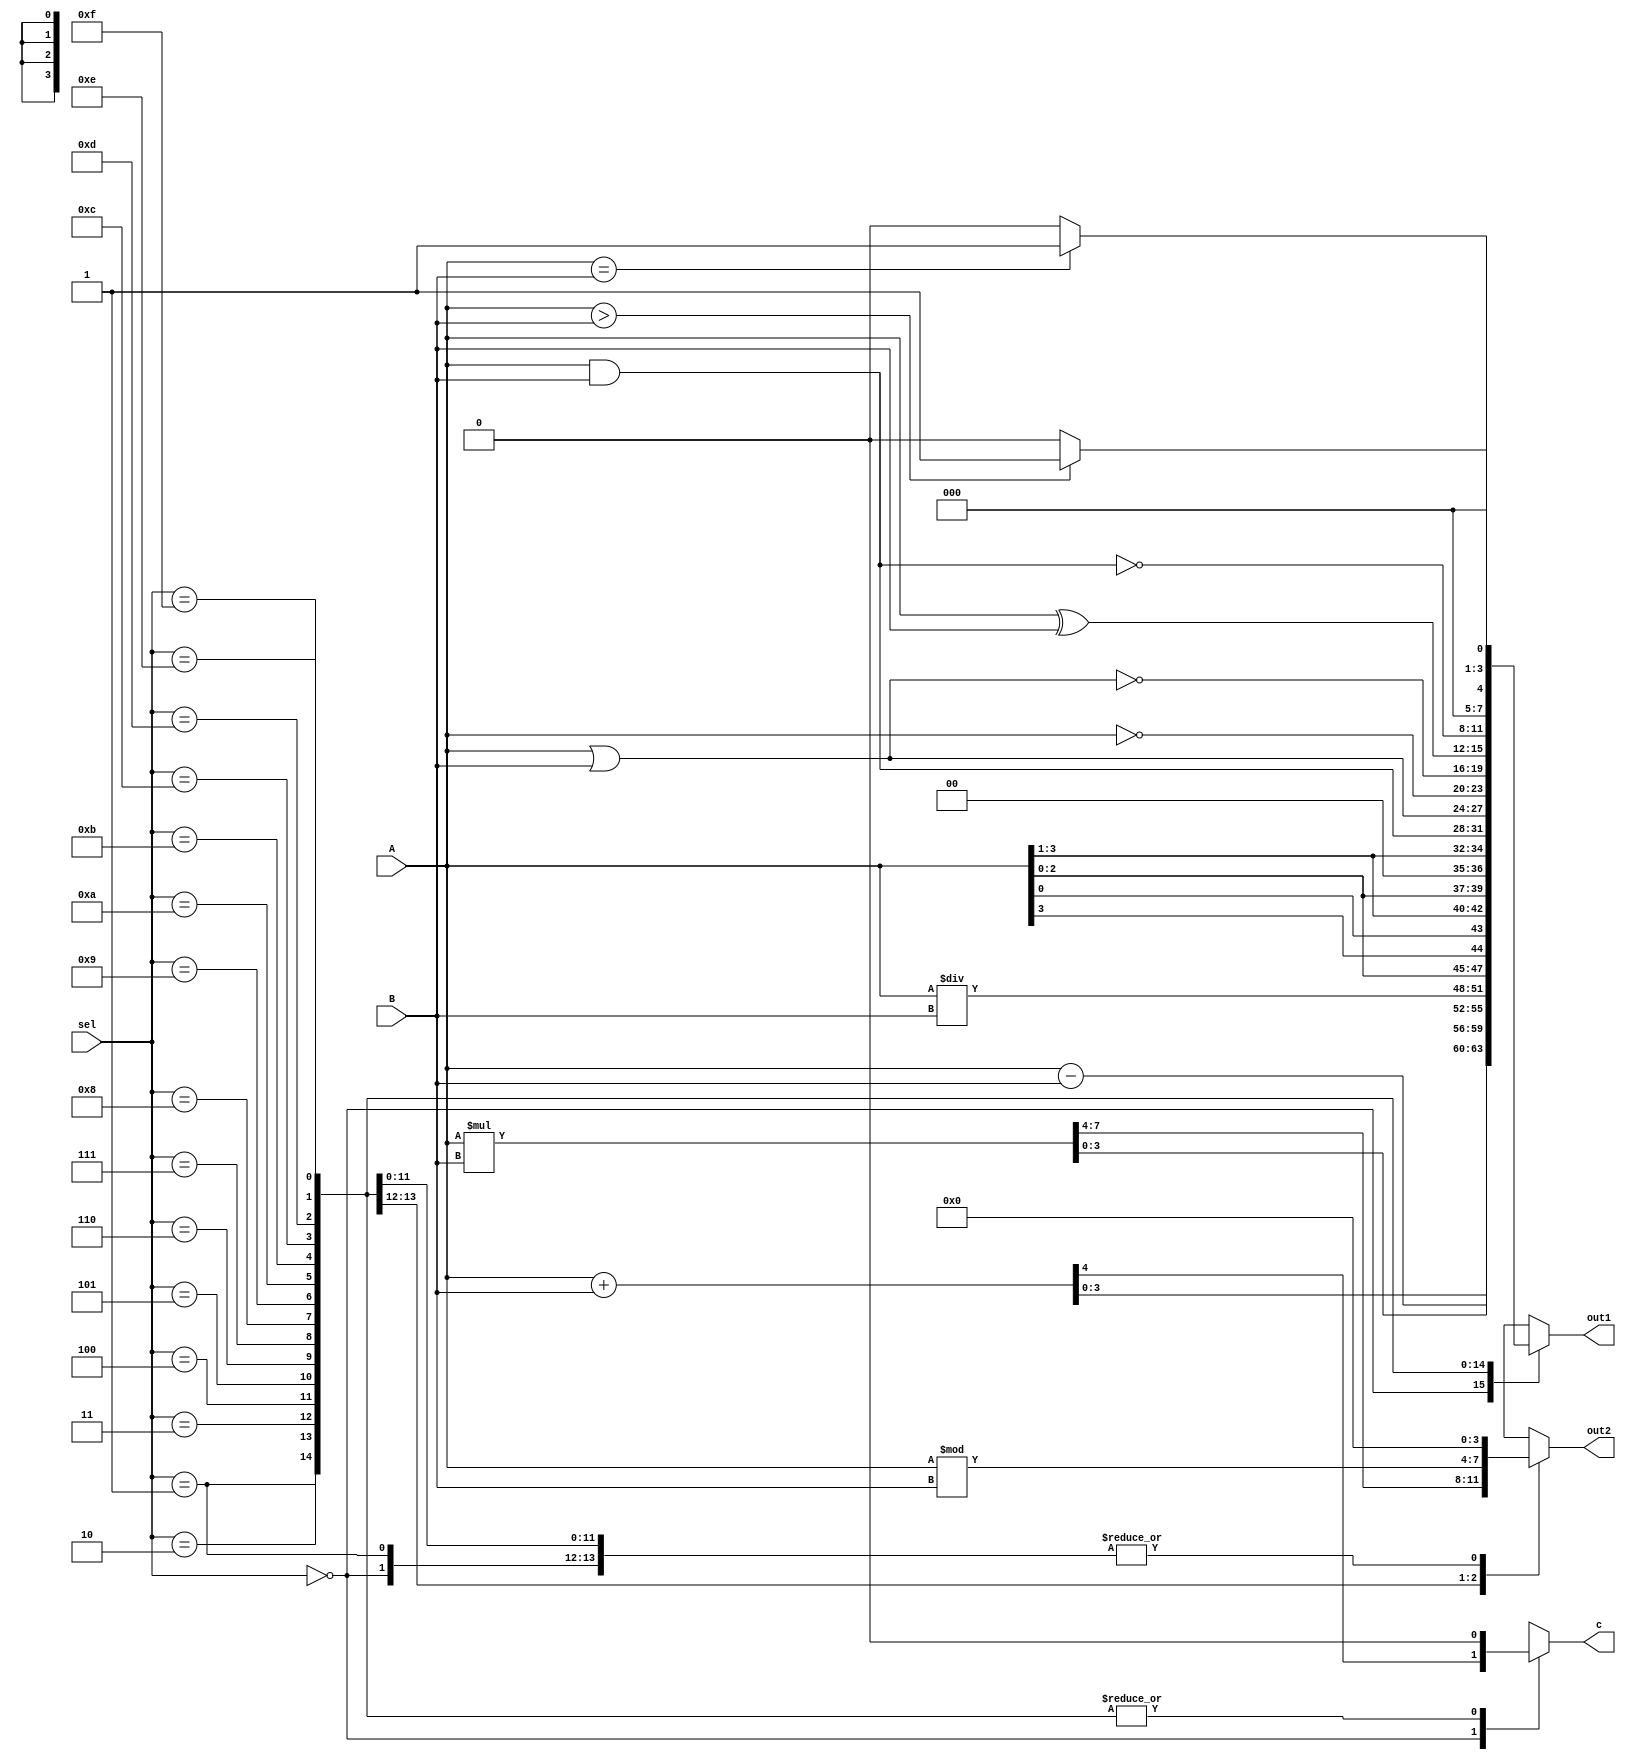
module alu(A,B,sel,c,out1,out2);
  input [3:0] A;
  input [3:0] B;
  input [3:0] sel;
  output reg c;
  output reg [3:0] out1;
  output reg [3:0] out2;
  
 
  reg [7:0] value;
    always @(*)
      begin
        case(sel)
        4'b0000: begin
           value = A+B ;
           out1 = value[3:0];
           out2 = 4'b0;
           c=value[4];
        end
        4'b0001: begin
            out1 = A-B ;
            out2=4'b0;
            c=1'b0;
        end
        4'b0010: begin
            value = A*B;
            out2 = value[7:4];
            out1 = value[3:0];
            c=1'b0;
        end
        4'b0011: begin
            out1 = A/B;
            out2 = A%B;
            c=1'b0;
        end
        4'b0100: begin
           out1 = {A[2:0],A[3]};
           out2=4'b0;
           c=1'b0;
        end
         4'b0101: begin
           out1 = {A[0],A[3:1]};
           out2=4'b0;
           c=1'b0;
         end
         4'b0110: begin
            out1 = A<<1;
            out2=4'b0;
            c=1'b0;
         end
         4'b0111: begin
            out1 = A>>1; 
            out2=4'b0;
            c=1'b0;
         end
          4'b1000: begin
            out1 = A&B;
            out2=4'b0;
            c=1'b0;
          end
          4'b1001: begin
            out1 = A|B;
            out2=4'b0;
            c=1'b0;
          end
          4'b1010: begin
            out1 = ~(A) ;
            out2=4'b0;
            c=1'b0;
          end
          4'b1011: begin
            out1 = ~(A|B);
            out2=4'b0;
            c=1'b0;
          end
          4'b1100: begin
            out1 = A^B;
            out2=4'b0;
            c=1'b0;
          end
          4'b1101: begin
            out1 = ~(A&B);
            out2=4'b0;
            c=1'b0;
          end
          4'b1110: begin
            out1 = (A>B)?4'd1:4'd0 ;
            out2=4'b0;
            c=1'b0;
          end
          4'b1111: begin
            out1 = (A==B)?4'd1:4'd0 ;
            out2=4'b0; 
            c=1'b0;
          end
          default: out1 = A + B ; 
        endcase
    end
endmodule